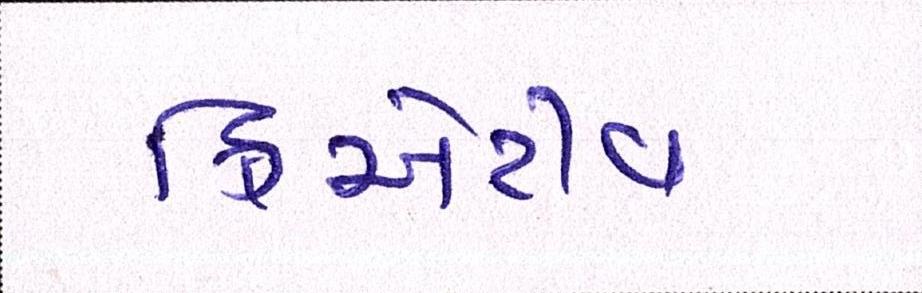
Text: ક્રિએટીવ